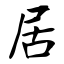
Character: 居